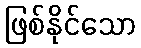
ဖြစ်နိုင်သော